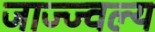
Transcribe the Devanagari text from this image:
जाज्ज्वल्य